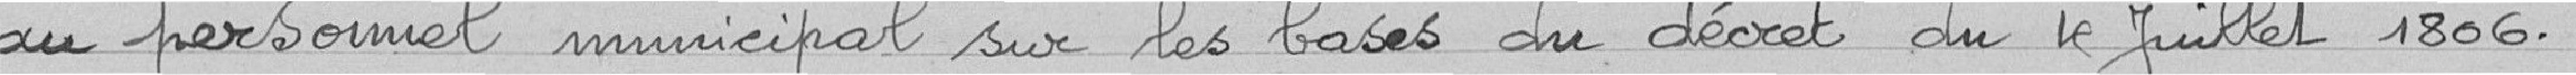
au personnel municipal sur les bases du décret du premier juillet 1806.